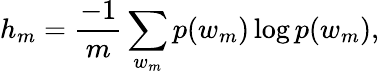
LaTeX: h_{m}=\frac{-1}{m}\sum_{w_{m}}p(w_{m})\log p(w_{m}),